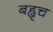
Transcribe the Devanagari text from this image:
बह्वृच